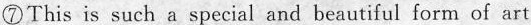
⑦This is such a special and beautiful form of art